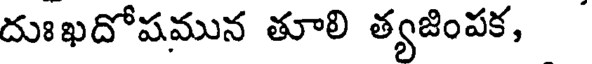
దుఃఖదోషమున తూలి త్యజింపక,